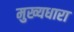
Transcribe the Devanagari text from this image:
मुख्‍यधारा